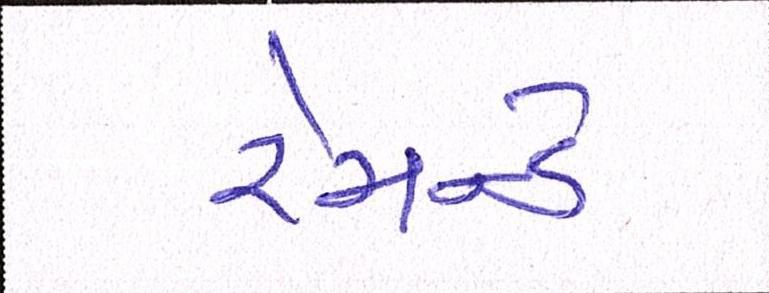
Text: રેમન્ડે